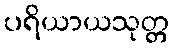
ပရိယာယသုတ္တ